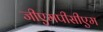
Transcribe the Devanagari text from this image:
जीएमपीसीएम